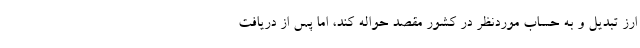
ارز تبدیل و به حساب موردنظر در کشور مقصد حواله کند، اما پس از دریافت